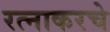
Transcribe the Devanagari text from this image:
रत्‍नाकरचे